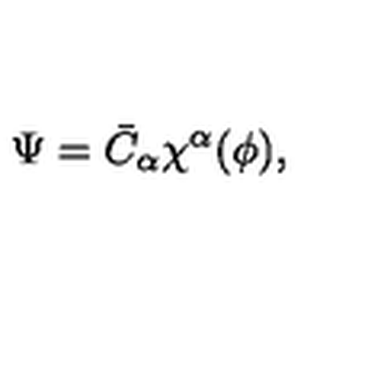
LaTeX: \Psi = \bar { C } _ { \alpha } \chi ^ { \alpha } ( \phi ) ,